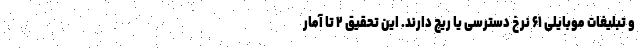
و تبلیغات موبایلی ۶۱ نرخ دسترسی یا ریچ دارند. این تحقیق ۲ تا آمار